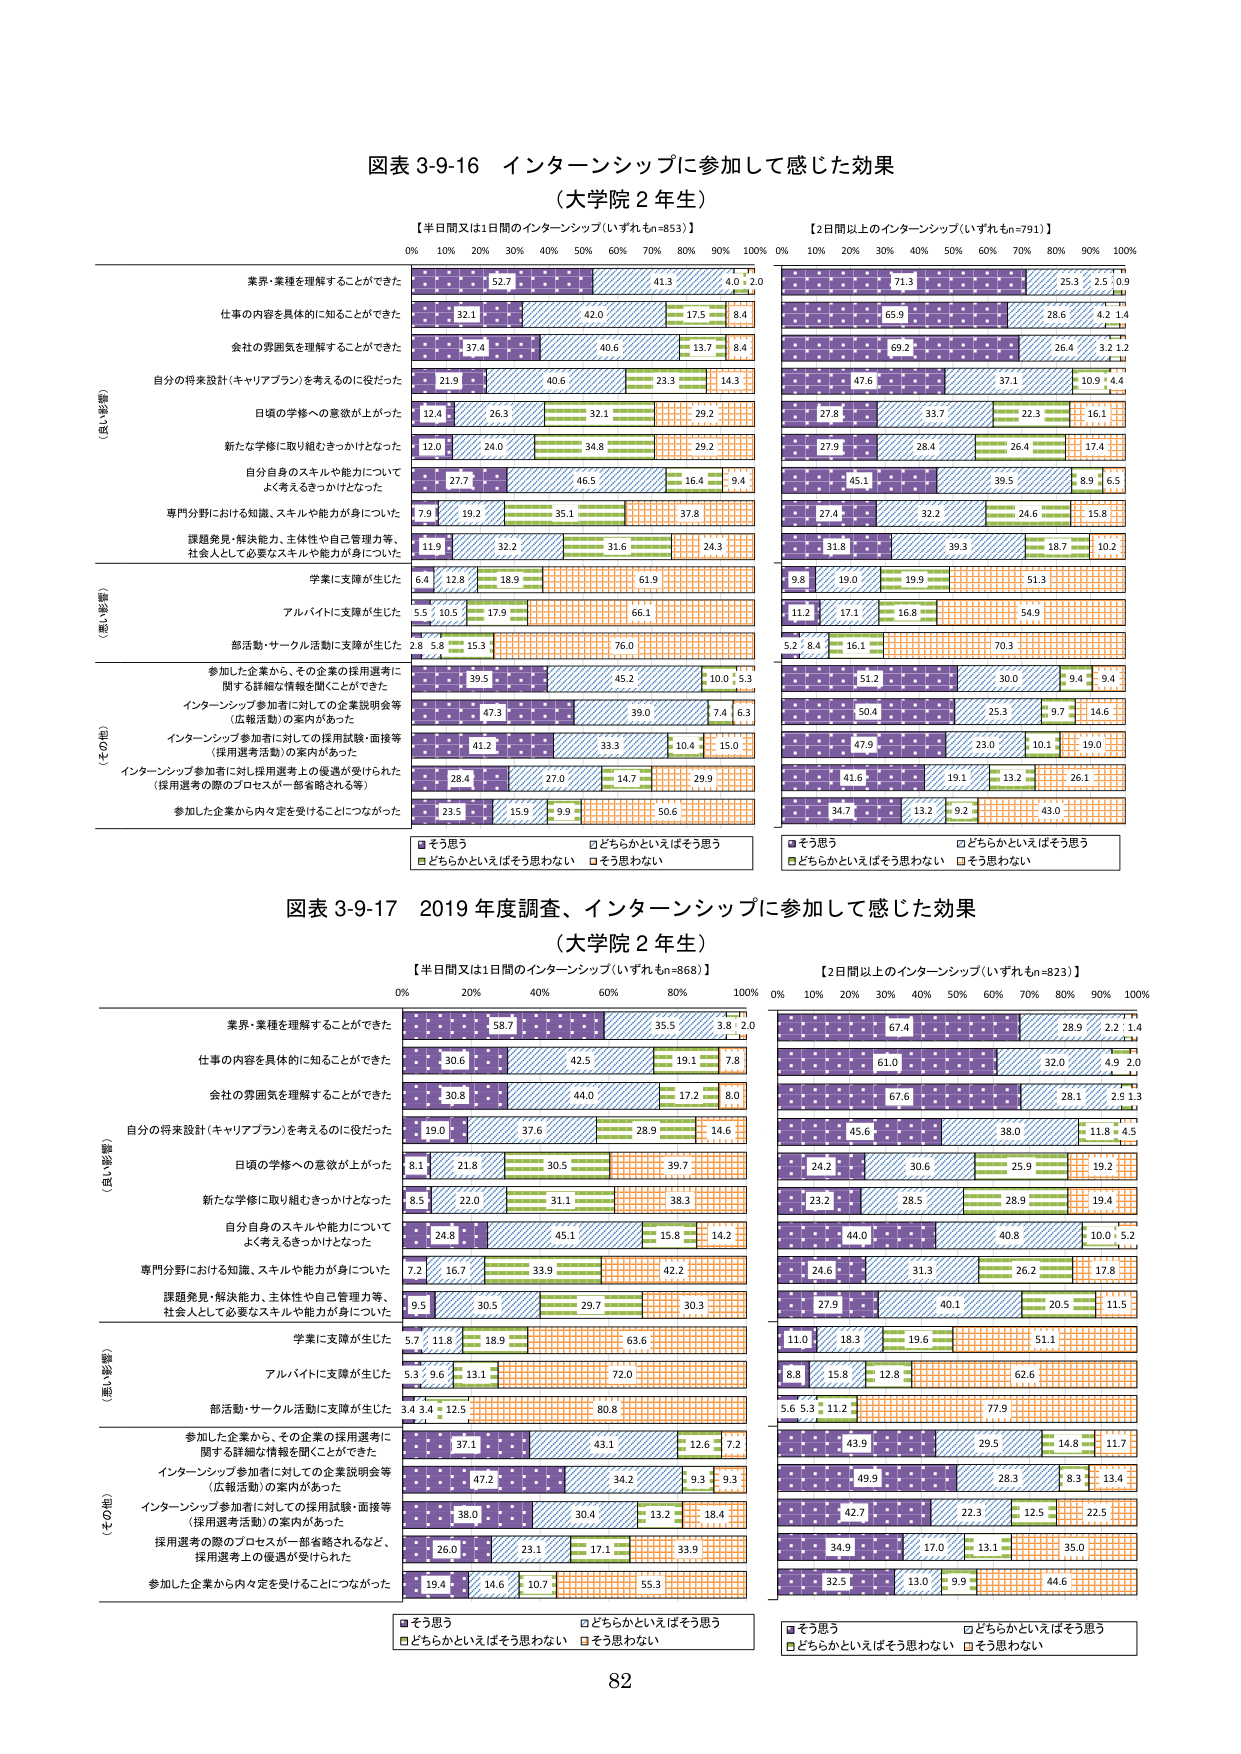
図表 3-9-16 インターンシップに参加して感じた効果
（大学院 2 年生）

【半日間又は1日間のインターンシップ（いずれもn=853）】
【2日間以上のインターンシップ（いずれもn=791）】
0% 10% 20% 30% 40% 50% 60% 70% 80% 90% 100%
0% 10% 20% 30% 40% 50% 60% 70% 80% 90% 100%

（良い影響）
業界・業種を理解することができた
52.7 41.3 4.0 2.0
71.3 25.3 2.5 0.9

仕事の内容を具体的に知ることができた
32.1 42.0 17.5 8.4
65.9 28.6 4.2 1.4

会社の雰囲気を理解することができた
37.4 40.6 13.7 8.4
69.2 26.4 3.2 1.2

自分の将来設計（キャリアプラン）を考えるのに役だった
21.9 40.6 23.3 14.3
47.6 37.1 10.9 4.4

日頃の学修への意欲が上がった
12.4 26.3 32.1 29.2
27.8 33.7 22.3 16.1

新たな学修に取り組むきっかけとなった
12.0 24.0 34.8 29.2
27.9 28.4 26.4 17.4

自分自身のスキルや能力についてよく考えるきっかけとなった
27.7 46.5 16.4 9.4
45.1 39.5 8.9 6.5

専門分野における知識、スキルや能力が身についた
7.9 19.2 35.1 37.8
27.4 32.2 24.6 15.8

課題発見・解決能力、主体性や自己管理力等、社会人として必要なスキルや能力が身についた
11.9 32.2 31.6 24.3
31.8 39.3 18.7 10.2

（悪い影響）
学業に支障が生じた
6.4 12.8 18.9 61.9
9.8 19.0 19.9 51.3

アルバイトに支障が生じた
5.5 10.5 17.9 66.1
11.2 17.1 16.8 54.9

部活動・サークル活動に支障が生じた
2.8 5.8 15.3 76.0
5.2 8.4 16.1 70.3

（その他）
参加した企業から、その企業の採用選考に関する詳細な情報を聞くことができた
39.5 45.2 10.0 5.3
51.2 30.0 9.4 9.4

インターンシップ参加者に対しての企業説明会等（広報活動）の案内があった
47.3 39.0 7.4 6.3
50.4 25.3 9.7 14.6

インターンシップ参加者に対しての採用試験・面接等（採用選考活動）の案内があった
41.2 33.3 10.4 15.0
47.9 23.0 10.1 19.0

インターンシップ参加者に対して採用選考上の優遇が受けられた（採用選考の際のプロセスが一部省略されるなど、採用選考上の優遇が受けられた）
28.4 27.0 14.7 29.9
41.6 19.1 13.2 26.1

参加した企業から内々定を受けることにつながった
23.5 15.9 9.9 50.6
34.7 13.2 9.2 43.0

■そう思う
□どちらかといえばそう思う
■どちらかといえばそう思わない
□そう思わない

図表 3-9-17 2019 年度調査、インターンシップに参加して感じた効果
（大学院 2 年生）

【半日間又は1日間のインターンシップ（いずれもn=868）】
【2日間以上のインターンシップ（いずれもn=823）】
0% 20% 40% 60% 80% 100%
0% 10% 20% 30% 40% 50% 60% 70% 80% 90% 100%

（良い影響）
業界・業種を理解することができた
58.7 35.5 3.8 2.0
67.4 28.9 2.2 1.4

仕事の内容を具体的に知ることができた
30.6 42.5 19.1 7.8
61.0 32.0 4.9 2.0

会社の雰囲気を理解することができた
30.8 44.0 17.2 8.0
67.6 28.1 2.5 1.3

自分の将来設計（キャリアプラン）を考えるのに役だった
19.0 37.6 28.9 14.6
45.6 38.0 11.8 4.5

日頃の学修への意欲が上がった
8.1 21.8 30.5 39.7
24.2 30.6 25.9 19.2

新たな学修に取り組むきっかけとなった
8.5 22.0 31.1 38.3
23.2 28.5 28.9 19.4

自分自身のスキルや能力についてよく考えるきっかけとなった
24.8 45.1 15.8 14.2
44.0 40.8 10.0 5.2

専門分野における知識、スキルや能力が身についた
7.2 16.7 33.9 42.2
24.6 31.3 26.2 17.8

課題発見・解決能力、主体性や自己管理力等、社会人として必要なスキルや能力が身についた
9.5 30.5 29.7 30.3
27.9 40.1 20.5 11.5

（悪い影響）
学業に支障が生じた
5.7 11.8 18.9 63.6
11.0 18.3 19.6 51.1

アルバイトに支障が生じた
5.3 9.6 13.1 72.0
8.8 15.8 12.8 62.6

部活動・サークル活動に支障が生じた
3.4 3.4 12.5 80.8
5.6 5.3 11.2 77.9

（その他）
参加した企業から、その企業の採用選考に関する詳細な情報を聞くことができた
37.1 43.1 12.6 7.2
43.9 29.5 14.8 11.7

インターンシップ参加者に対しての企業説明会等（広報活動）の案内があった
47.2 34.2 9.3 9.3
49.9 28.3 8.3 13.4

インターンシップ参加者に対しての採用試験・面接等（採用選考活動）の案内があった
38.0 30.4 13.2 18.4
42.7 22.3 12.5 22.5

採用選考の際のプロセスが一部省略されるなど、採用選考上の優遇が受けられた
26.0 23.1 17.1 33.9
34.9 17.0 13.1 35.0

参加した企業から内々定を受けることにつながった
19.4 14.6 10.7 55.3
32.5 13.0 9.9 44.6

■そう思う
□どちらかといえばそう思う
■どちらかといえばそう思わない
□そう思わない

82